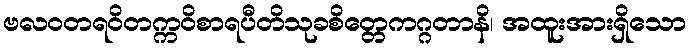
ဗလဝတရဝိတက္ကဝိစာရပီတိသုခစိတ္တေကဂ္ဂတာနိ၊ အထူးအားရှိသော